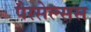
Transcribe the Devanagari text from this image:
पैरसेल्सस